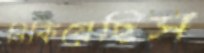
নিকিয়েছিস